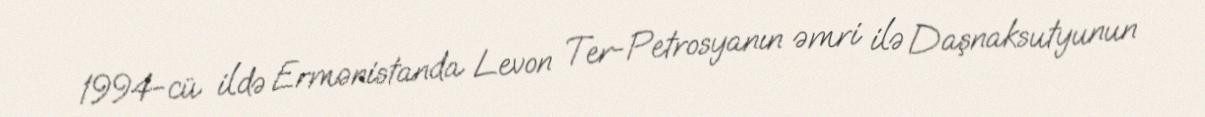
1994-cü ildə Ermənistanda Levon Ter-Petrosyanın əmri ilə Daşnaksutyunun